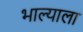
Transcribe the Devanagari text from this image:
भाल्याला